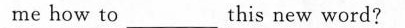
me how to___this new word?